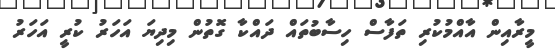
މީރާއިން އާއްމުކުރި ތަފާސް ހިސާބުތައް ދައްކާ ގޮތުން މިދިޔަ އަހަރު ކުރީ އަހަރު